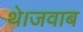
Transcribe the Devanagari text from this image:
थे।जवाब